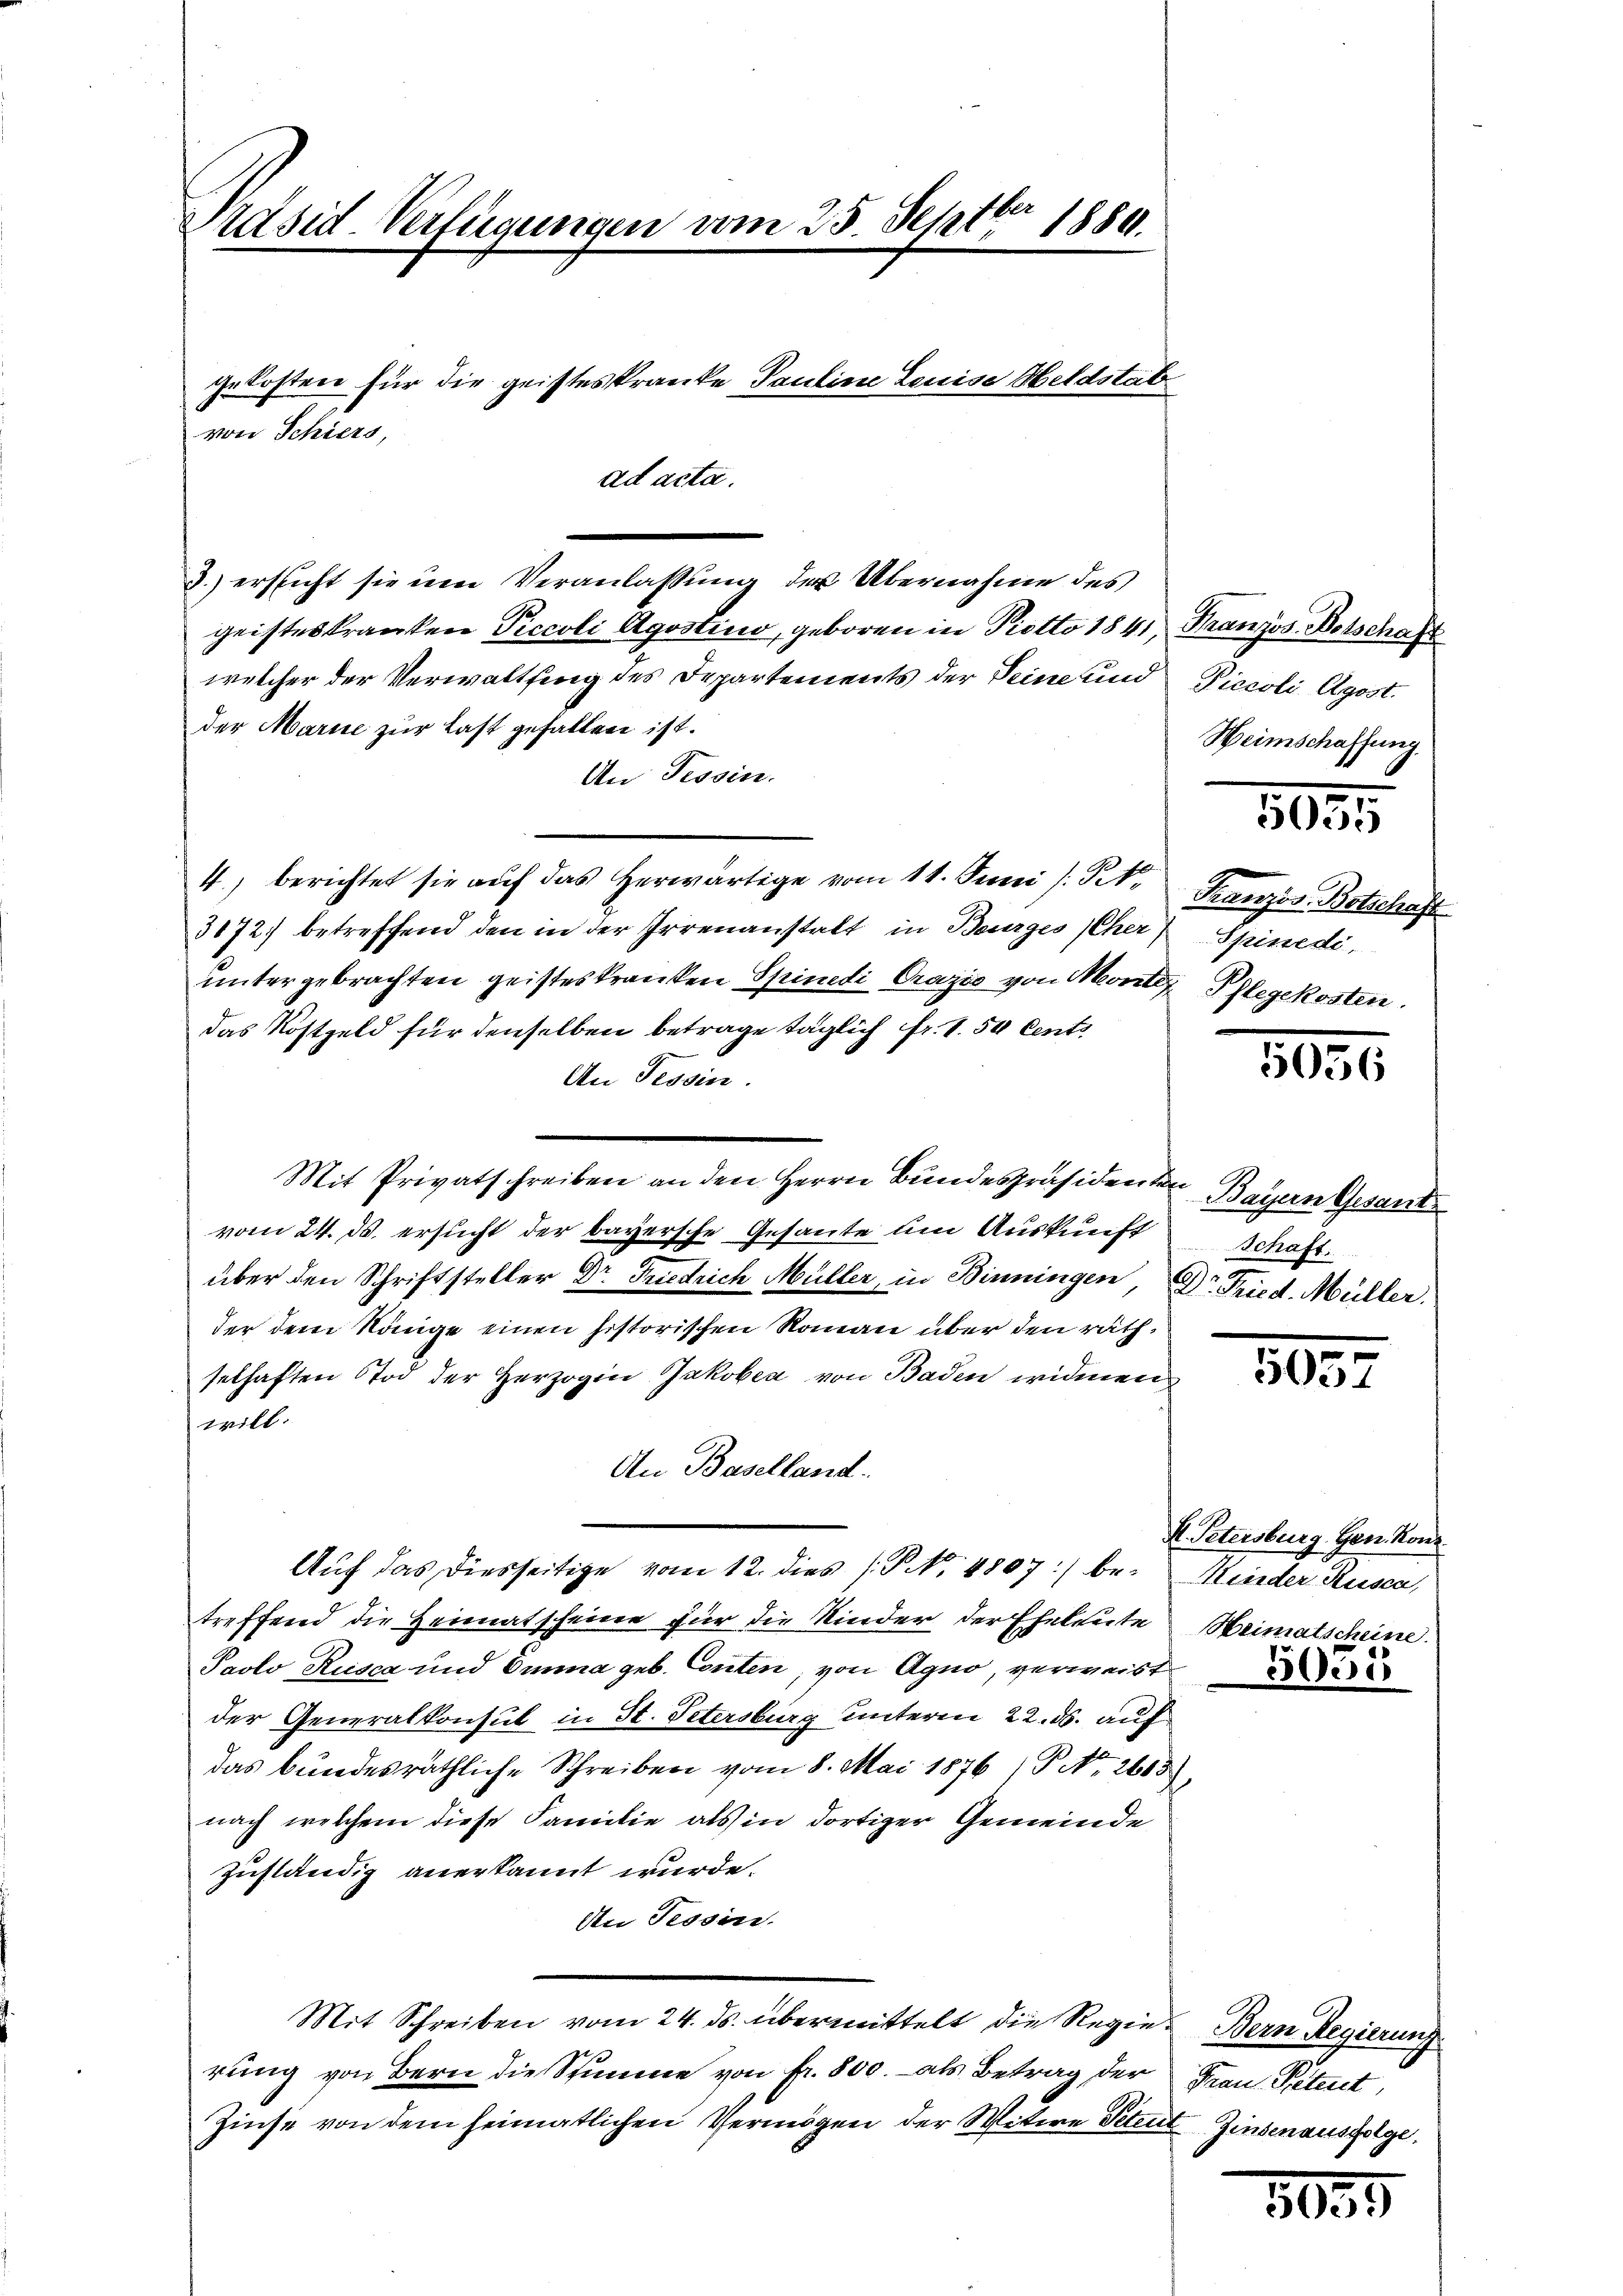
Präsid Verlegungen vom 25. Septbr 1880.

gekosten für die geisteskranke Pauline Louise Meldstat
von Schiers,
ad acta.

3.) ersticht sie um Veranlassung der Übernahme des
geisteskranken Piccoli Agostino, geboren in Piotto 1841, Französ. Notschaft
welcher der Verwaltung des Departements der Deine und
der Marie zur Last gefallen ist.
An Tessin.
4, berichtet sie auf das herwärtige vom 11. Juni /: M.
3172) betreffend den in der Irrenanstalt in Beurges (Cher) Spinedi,
untergebrachten geisteskranken Spindi Crazio von Monten Pflegekosten.
das Kostgeld für denselben betrage täglich fr. 1.50 Centi
An Tessin.
Mit Privatschreiben an den Herrn Bundespräsidenten Bayern Gesant
vom 24. ds. ersucht der bayersche Gesante um Auskunft
über den Schriftsteller Dr Friedrich Müller, in Binningen Dr. Fried. Müller.
der dem Könige einen historischen Roman über den räthselhaften Tod der Herzogin Jakoben von Baden widmen
will.
An Baselland.
Auf das diesseitige vom 12. dies (Po. 4807) bei Minder Rusca,
treffend die Heimatscheine für die Kinder der Eheleute Heimatscheine
Paolo Rusca und Einna geb. Conten, von Agno, verweist
der Generalkonsul in St. Petersburg unterm 22. ds. auf
das bundesräthliche Schreiben vom 8. Mai 1876 /Pr. 2605),
nach welchem diese Familie als in dortiger Gemeinde
zuständig anerkannt wurde.
An Tessin.
Mit Schreiben vom 24. ds. übermittelt die Regien Bern Regierung
rung von Bern die Stimme von fr. 800.- als Betrag der Frau Petent,
Zinse von dem heimatlichen Vermögen der Witwe Petent Zinsenausfolge,

Piccoli Agost.
Heimschaffung.

5035

Französ. Botschaft

5056

Schaft.

5057

F. Petersburg Gen. Konr
5es 15

5035